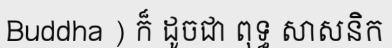
Buddha ) ក៏ ដូចជា ពុទ្ធ សាសនិក